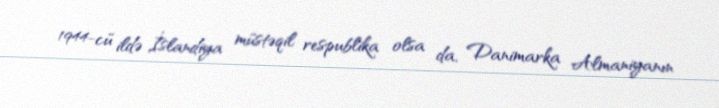
1944-cü ildə İslandiya müstəqil respublika olsa da, Danimarka Almaniyanın